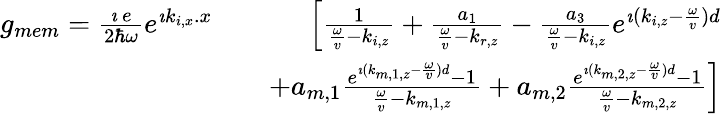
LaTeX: \begin{array}{rlr}{g_{mem}=\frac{\imath\, e}{2\hbar\omega}e^{\imath k_{i,x}.x}}&{}&{\left[\frac{1}{\frac{\omega}{v}-k_{i,z}}+\frac{a_{1}}{\frac{\omega}{v}-k_{r,z}}-\frac{a_{3}}{\frac{\omega}{v}-k_{i,z}}e^{\imath(k_{i,z}-\frac{\omega}{v})d}\right.}\\ &{}&{\left.+a_{m,1}\frac{e^{\imath(k_{m,1,z}-\frac{\omega}{v})d}-1}{\frac{\omega}{v}-k_{m,1,z}}+a_{m,2}\frac{e^{\imath(k_{m,2,z}-\frac{\omega}{v})d}-1}{\frac{\omega}{v}-k_{m,2,z}}\right]}\end{array}